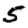
Digit: 5